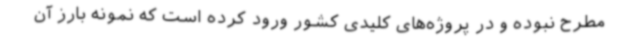
مطرح نبوده و در پروژه‌های کلیدی کشور ورود کرده است که نمونه بارز آن